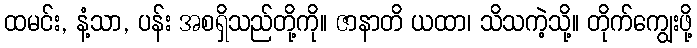
ထမင်း, နံ့သာ, ပန်း အစရှိသည်တို့ကို။ ဇာနာတိ ယထာ၊ သိသကဲ့သို့။ တိုက်ကျွေးဖို့